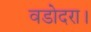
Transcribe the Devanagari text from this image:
वडोदरा।